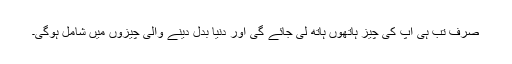
صرف تب ہی آپ کی چیز ہاتھوں ہاتھ لی جائے گی اور دنیا بدل دینے والی چیزوں میں شامل ہوگی۔